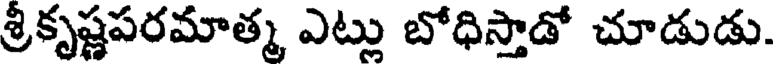
శ్రీకృష్ణపరమాత్మ ఎట్లు బోధిస్తాడో చూడుడు.